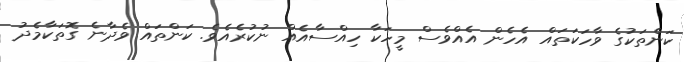
ކަންތަކުގެ ވާހަކަތައް އެހެން އެއްވެސް މީހަކާ ހިއްސާއެއް ނުކުރެއެވެ. ކަންތައް ވެދާނެ ގޮތަކާމެދު